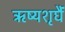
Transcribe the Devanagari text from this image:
ऋष्यशृर्घैं